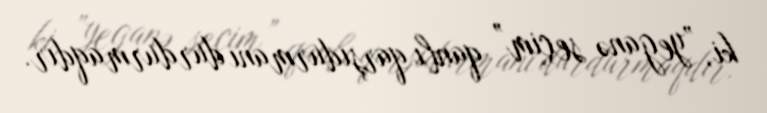
ki, ”yeganə seçim” qanlı qarşıdurmanı durdurmaqdır.